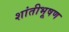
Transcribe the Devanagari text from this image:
शांतीभूषण